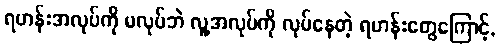
ရဟန်းအလုပ်ကို မလုပ်ဘဲ လူ့အလုပ်ကို လုပ်နေတဲ့ ရဟန်းတွေကြောင့်,